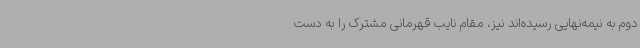
دوم به نیمه‌نهایی رسیده‌اند نیز، مقام نایب قهرمانی مشترک را به دست